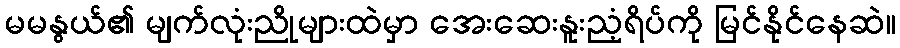
မမနွယ်၏ မျက်လုံးညိုများထဲမှာ အေးဆေးနူးညံ့ရိပ်ကို မြင်နိုင်နေဆဲ။